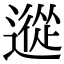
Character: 䢨